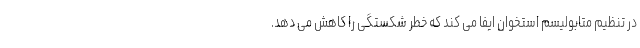
در تنظیم متابولیسم استخوان ایفا می کند که خطر شکستگی را کاهش می دهد.